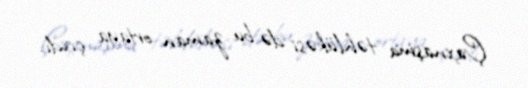
Çaxnaşma təhlükəsi də bu zaman ortaya çıxdı.